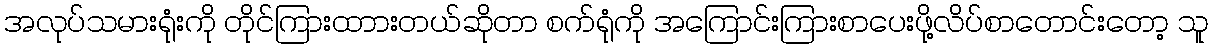
အလုပ်သမားရုံးကို တိုင်ကြားထာားတယ်ဆိုတာ စက်ရုံကို အကြောင်းကြားစာပေးဖို့လိပ်စာတောင်းတော့ သူ